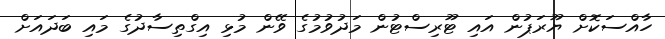
ހާއްސަކޮށް ޔޫރަޕުން އައި ޓޫރިސްޓުން މަދުވުމުގެ ވޭން މުޅި އިގްތިސާދުގެ މައި ބަދައަށް